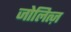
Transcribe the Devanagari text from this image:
जोलित्ज़